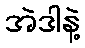
အဲဒါနဲ့